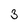
Character: 3